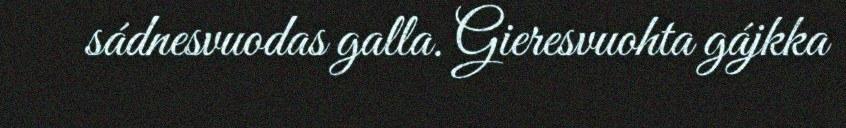
sádnesvuodas galla. Gieresvuohta gájkka